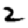
Digit: 2